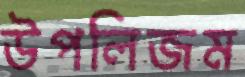
উপলিজম